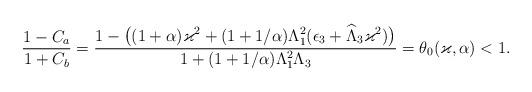
LaTeX: \begin{align*}\frac{1-C_a}{1+C_b}=\frac{1- \big( (1+\alpha)\varkappa^2+(1+1/\alpha) \Lambda_1^2(\epsilon_3 + \widehat\Lambda_3 \varkappa^2)\big) }{1+(1+1/\alpha) \Lambda_1^2 \Lambda_3 }=\theta_0(\varkappa,\alpha)<1.\end{align*}